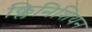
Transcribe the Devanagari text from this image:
क्लिनिशियन